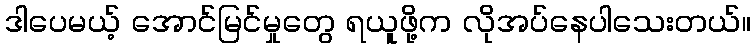
ဒါပေမယ့် အောင်မြင်မှုတွေ ရယူဖို့က လိုအပ်နေပါသေးတယ်။